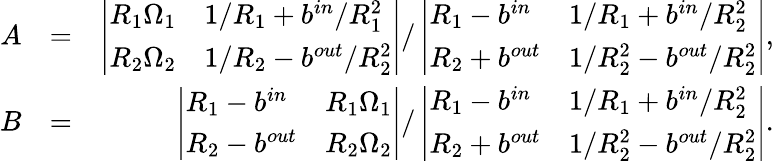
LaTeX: \begin{array}{rlr}{A}&{=}&{\left|\begin{array}{ll}{R_{1}\Omega_{1}}&{1/R_{1}+b^{in}/R_{1}^{2}}\\ {R_{2}\Omega_{2}}&{1/R_{2}-b^{out}/R_{2}^{2}}\end{array}\right|/\left|\begin{array}{ll}{R_{1}-b^{in}}&{1/R_{1}+b^{in}/R_{2}^{2}}\\ {R_{2}+b^{out}}&{1/R_{2}^{2}-b^{out}/R_{2}^{2}}\end{array}\right|,}\\ {B}&{=}&{\left|\begin{array}{ll}{R_{1}-b^{in}}&{R_{1}\Omega_{1}}\\ {R_{2}-b^{out}}&{R_{2}\Omega_{2}}\end{array}\right|/\left|\begin{array}{ll}{R_{1}-b^{in}}&{1/R_{1}+b^{in}/R_{2}^{2}}\\ {R_{2}+b^{out}}&{1/R_{2}^{2}-b^{out}/R_{2}^{2}}\end{array}\right|.}\end{array}